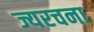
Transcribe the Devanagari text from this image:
ज्यरचना